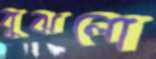
বুঝলো